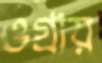
ওগ্‌রায়